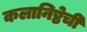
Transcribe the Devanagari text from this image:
कलानिष्ठेची